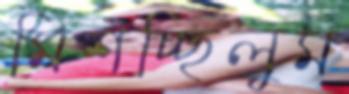
মিশচ্ছিলুম